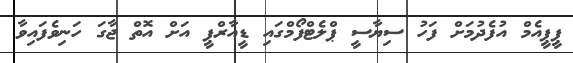
ޕީޕީއެމް އުފެދުމަށް ފަހު ސިޔާސީ ޕްލެޓްފޯމްގައި ޑީއާރްޕީ އަށް އޮތް ޖާގަ ހަނިވެފައިވާ